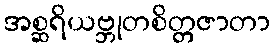
အစ္ဆရိယဗ္ဘုတစိတ္တဇာတာ